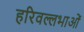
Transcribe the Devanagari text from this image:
हरिवल्लभाओं